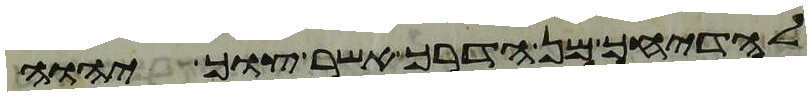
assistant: להדיחך מן הדרך אשר צוך יהוה